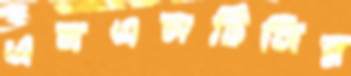
এনএসটিসির